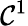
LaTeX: \mathcal{C}^{1}